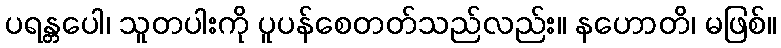
ပရန္တပေါ၊ သူတပါးကို ပူပန်စေတတ်သည်လည်း။ နဟောတိ၊ မဖြစ်။